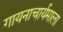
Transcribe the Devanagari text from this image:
गायनाचार्यमाला